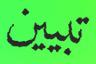
تبيين